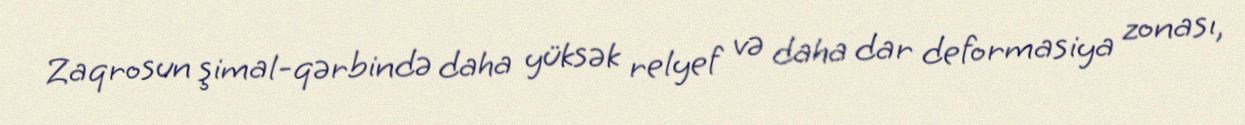
Zaqrosun şimal-qərbində daha yüksək relyef və daha dar deformasiya zonası,